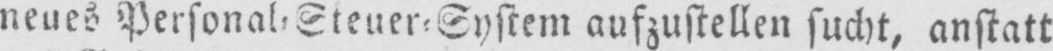
neues Personal⸗Steuer⸗System aufzustellen sucht, anstatt